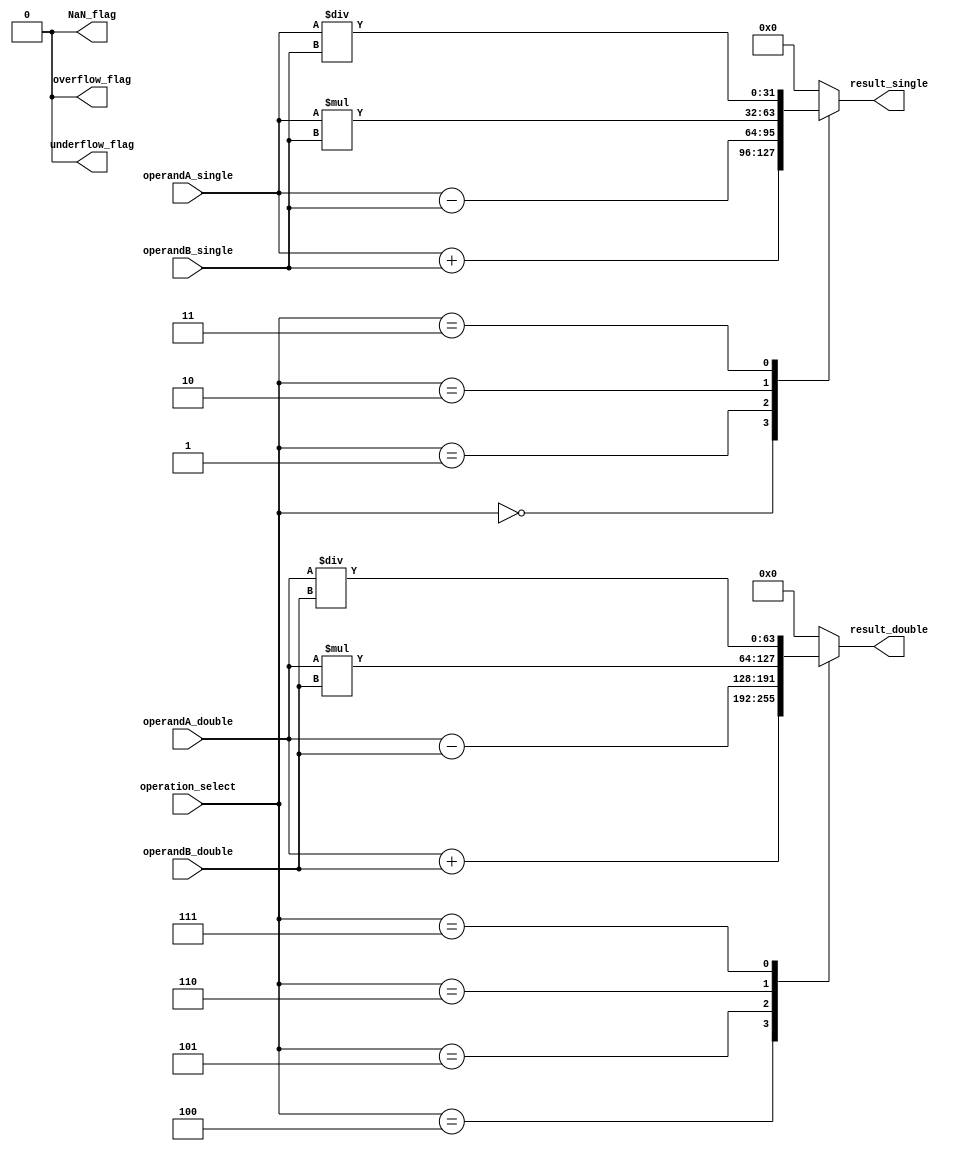
module FloatingPointALU (
    input wire [31:0] operandA_single,
    input wire [31:0] operandB_single,
    input wire [63:0] operandA_double,
    input wire [63:0] operandB_double,
    input wire [2:0] operation_select,
    output reg [31:0] result_single,
    output reg [63:0] result_double,
    output reg overflow_flag,
    output reg underflow_flag,
    output reg NaN_flag
);

//Adder for single precision floating point numbers
always @(*) begin
    case(operation_select)
        3'b000 : result_single = operandA_single + operandB_single; //addition
        3'b001 : result_single = operandA_single - operandB_single; //subtraction
        3'b010 : result_single = operandA_single * operandB_single; //multiplication
        3'b011 : result_single = operandA_single / operandB_single; //division
        default: result_single = 32'b0;
    endcase
end

//Adder for double precision floating point numbers
always @(*) begin
    case(operation_select)
        3'b100 : result_double = operandA_double + operandB_double; //addition
        3'b101 : result_double = operandA_double - operandB_double; //subtraction
        3'b110 : result_double = operandA_double * operandB_double; //multiplication
        3'b111 : result_double = operandA_double / operandB_double; //division
        default: result_double = 64'b0;
    endcase
end

//Status flags
always @(*) begin
    //Check for overflow, underflow, and NaN
    //This logic needs to be implemented based on IEEE floating point standard
    //For simplicity, we will set the flags to 0
    overflow_flag = 1'b0;
    underflow_flag = 1'b0;
    NaN_flag = 1'b0;
end

endmodule